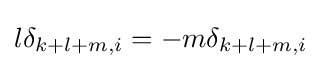
l\delta _{k+l+m,i}=-m\delta _{k+l+m,i}